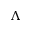
\Lambda